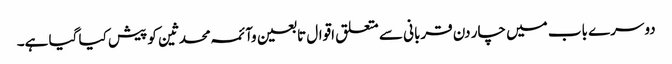
دوسرے باب میں چار دن قربانی سے متعلق اقوال تابعین وآئمہ محدثین کو پیش کیا گیا ہے۔